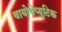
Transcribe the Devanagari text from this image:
बायोथेप्युटिक